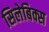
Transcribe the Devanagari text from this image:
सिलेबिक्स